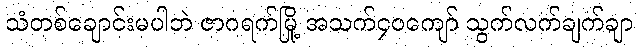
သံတစ်ချောင်းမပါဘဲ ဇာဂရက်မြို့ အသက်၄၀ကျော် သွက်လက်ချက်ချာ